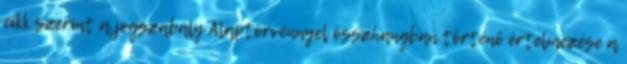
cikk szerint a jogszabály Alaptörvénnyel összhangban történő értelmezése a